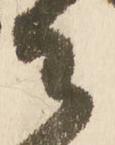
御